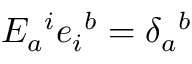
E _ { a } { } ^ { i } e _ { i } { } ^ { b } = \delta _ { a } { } ^ { b }